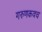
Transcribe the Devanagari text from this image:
गरुणकवच